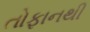
તોફાનથી